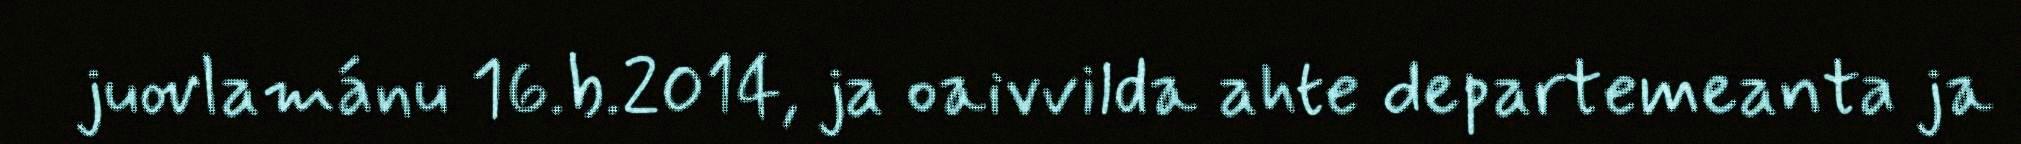
juovlamánu 16.b.2014, ja oaivvilda ahte departemeanta ja